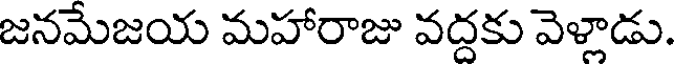
జనమేజయ మహారాజు వద్దకు వెళ్లాడు.